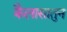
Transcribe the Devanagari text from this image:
कैलासातुन